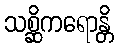
သစ္ဆိကရောန္တိ